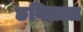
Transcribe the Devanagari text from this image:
छविलाल